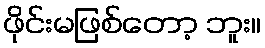
ဖိုင်းမဖြစ်တော့ ဘူး။